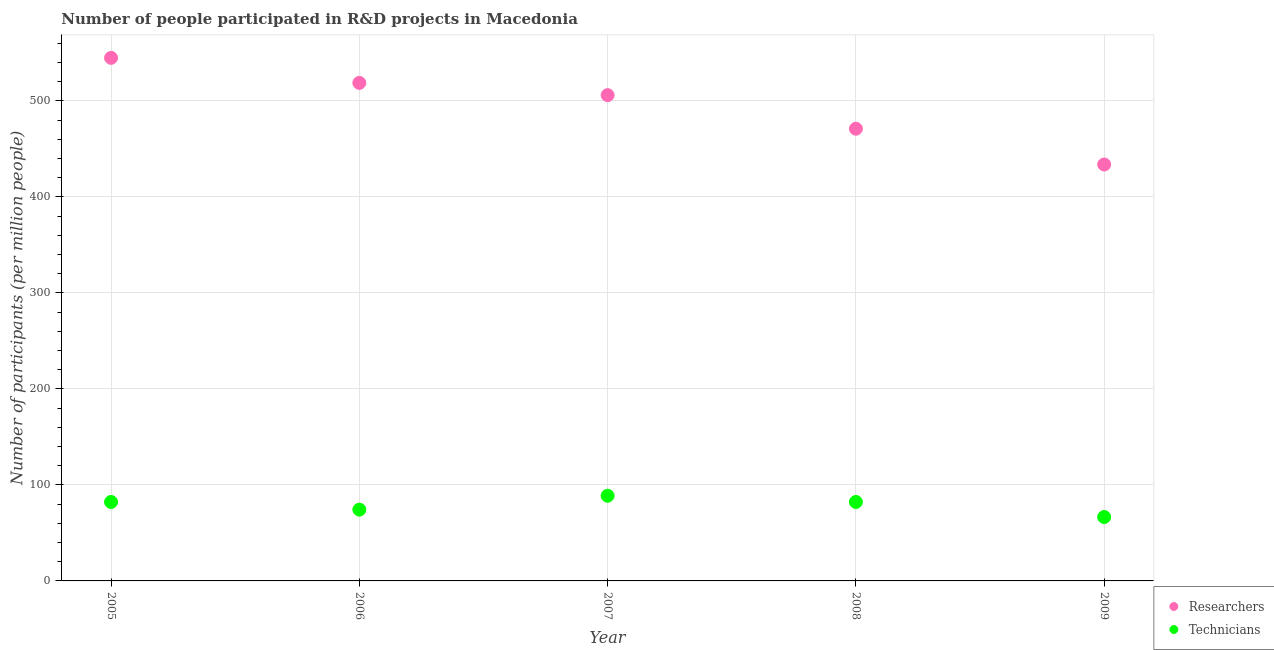
| Year | Researchers | Technicians |
 | --- | --- | --- |
 | 2005 | 545 | 82.2 |
 | 2006 | 519 | 74.2 |
 | 2007 | 506 | 88.7 |
 | 2008 | 471 | 82.2 |
 | 2009 | 434 | 66.5 |